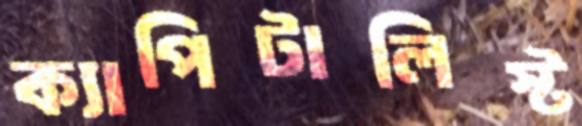
ক্যাপিটালিস্ট